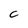
Character: C